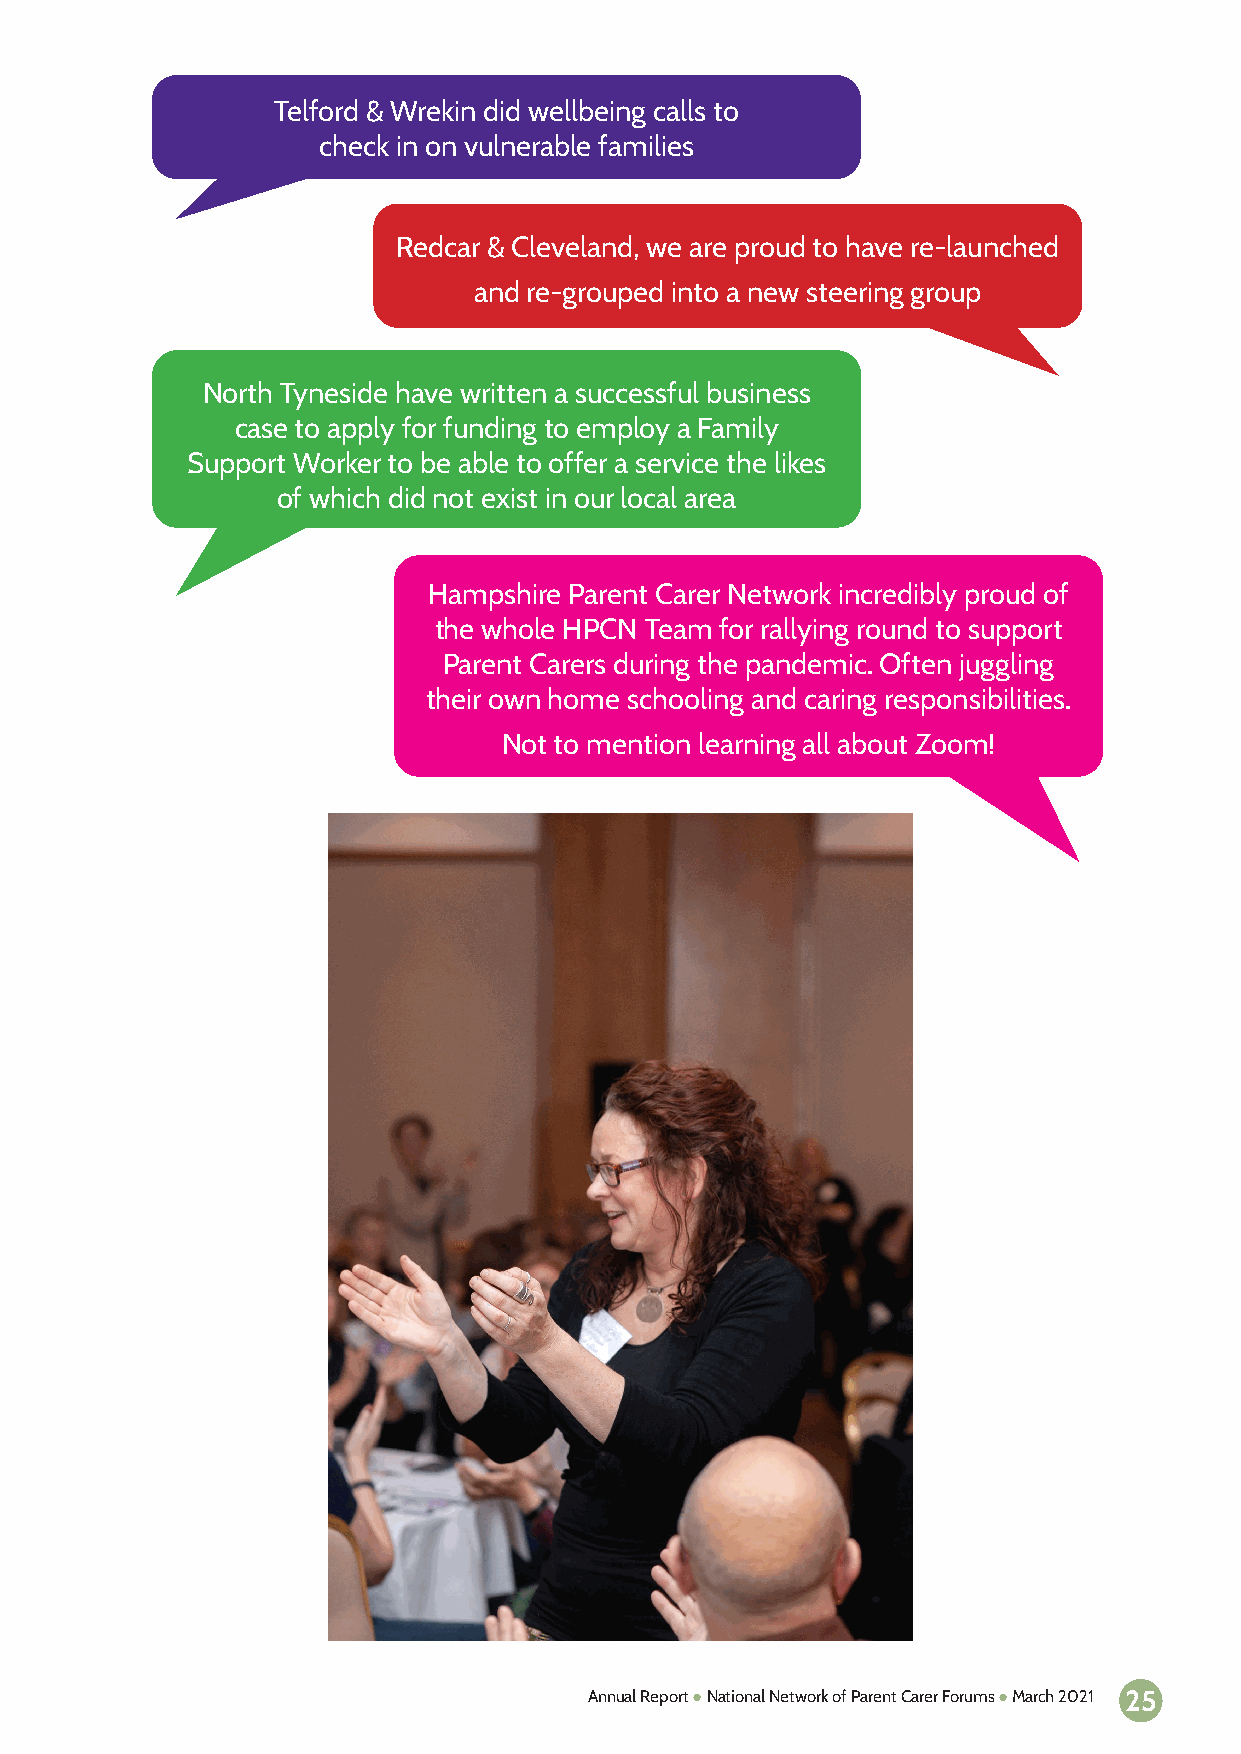
Telford & Wrekin did wellbeing calls to
 check in on vulnerable families
 Redcar & Cleveland, we are proud to have re-launched
 and re-grouped into a new steering group
 North Tyneside have written a successful business
 case to apply for funding to employ a Family
 Support Worker to be able to offer a service the likes
 of which did not exist in our local area
 Hampshire Parent Carer Network incredibly proud of
 the whole HPCN Team for rallying round to support
 Parent Carers during the pandemic. Often juggling
 their own home schooling and caring responsibilities.
 Not to mention learning all about Zoom!
 Annual Report ● National Network of Parent Carer Forums ● March 2021 25